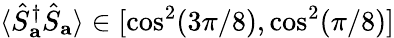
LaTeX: \langle\hat{S}_{\mathbf{a}}^{\dagger}\hat{S}_{\mathbf{a}}\rangle\in[\cos^{2}(3\pi/8),\cos^{2}(\pi/8)]